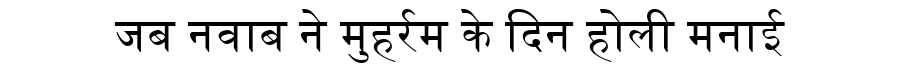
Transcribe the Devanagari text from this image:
जब नवाब ने मुहर्रम के दिन होली मनाई